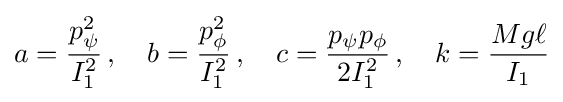
a={\frac {p_{\psi }^{2}}{I_{1}^{2}}}\,,\quad b={\frac {p_{\phi }^{2}}{I_{1}^{2}}}\,,\quad c={\frac {p_{\psi }p_{\phi }}{2I_{1}^{2}}}\,,\quad k={\frac {Mg\ell }{I_{1}}}